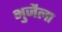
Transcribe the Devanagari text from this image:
भुजैला